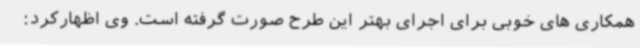
همکاری های خوبی برای اجرای بهتر این طرح صورت گرفته است. وی اظهارکرد: